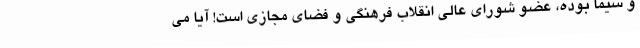
و سیما بوده، عضو شورای عالی انقلاب فرهنگی و فضای مجازی است! آیا می